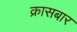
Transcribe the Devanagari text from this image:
क्रासबार